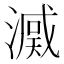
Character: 𣾒